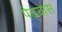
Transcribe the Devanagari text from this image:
पेढ्यास